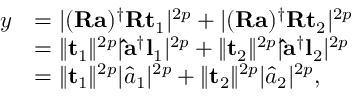
\begin{array} { r l } { y } & { = \lvert ( \mathbf { R } \mathbf { a } ) ^ { \dag } \mathbf { R } \mathbf { t } _ { 1 } \rvert ^ { 2 p } + \lvert ( \mathbf { R } \mathbf { a } ) ^ { \dag } \mathbf { R } \mathbf { t } _ { 2 } \rvert ^ { 2 p } } \\ & { = \lVert \mathbf { t } _ { 1 } \rVert ^ { 2 p } \lvert \mathbf { \hat { a } } ^ { \dag } \mathbf { l } _ { 1 } \rvert ^ { 2 p } + \lVert \mathbf { t } _ { 2 } \rVert ^ { 2 p } \lvert \mathbf { \hat { a } } ^ { \dag } \mathbf { l } _ { 2 } \rvert ^ { 2 p } } \\ & { = \lVert \mathbf { t } _ { 1 } \rVert ^ { 2 p } \lvert \hat { a } _ { 1 } \rvert ^ { 2 p } + \lVert \mathbf { t } _ { 2 } \rVert ^ { 2 p } \lvert \hat { a } _ { 2 } \rvert ^ { 2 p } , } \end{array}